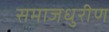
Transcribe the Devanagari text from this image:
समाजधुरीण